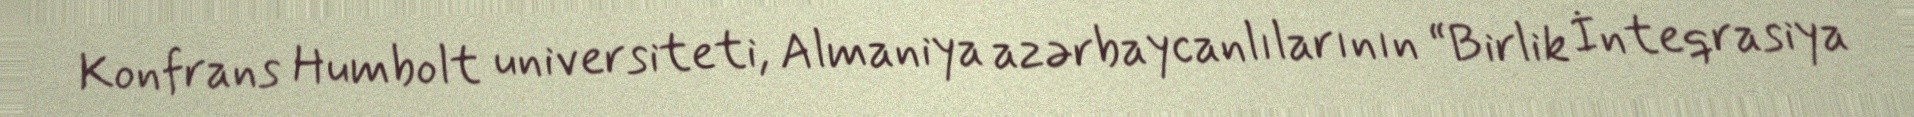
Konfrans Humbolt universiteti, Almaniya azərbaycanlılarının “Birlik İnteqrasiya